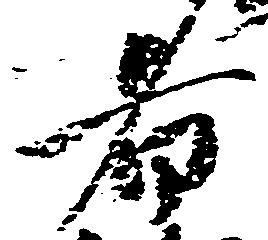
者